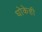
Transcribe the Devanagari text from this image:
धोकेही